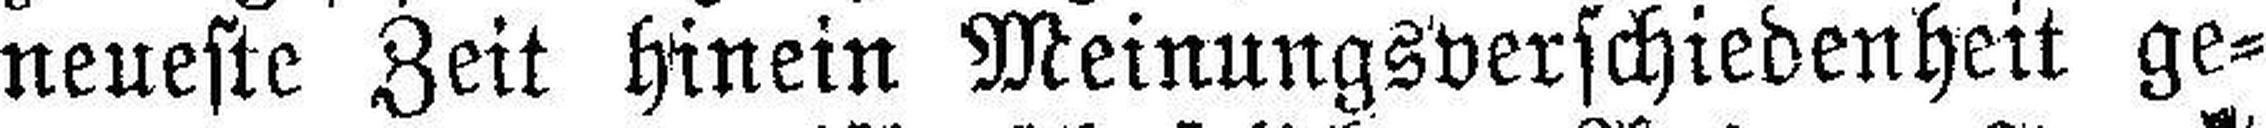
neueste Zeit hinein Meinungsverschiedenheit ge¬